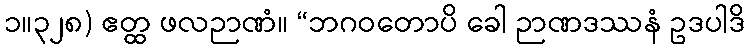
၁။၃၂၈) ဧတ္ထ ဖလဉာဏံ။ “ဘဂဝတောပိ ခေါ ဉာဏဒဿနံ ဥဒပါဒိ